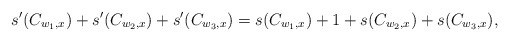
\begin{align*}s'(C_{w_1,x}) + s'(C_{w_2,x})+ s'(C_{w_3,x}) = s(C_{w_1,x}) +1 + s(C_{w_2,x})+ s(C_{w_3,x}) ,\end{align*}